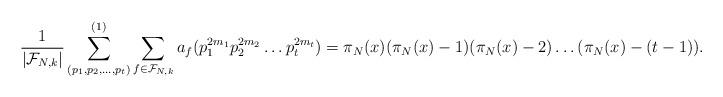
LaTeX: \begin{align*} \frac{1}{|\mathcal F_{N,k}|}\sum_{(p_1,p_2,\dots ,p_t)}^{(1)} \sum_{f \in \mathcal F_{N,k}} a_f(p_1^{2m_1}p_2^{2m_2}\dots p_t^{2m_t}) = \pi_N(x) (\pi_N(x) - 1) (\pi_N(x) - 2) \dots (\pi_N(x) - (t-1)).\end{align*}